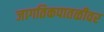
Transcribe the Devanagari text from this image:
जागतिकपातळीवर